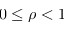
0 \leq \rho < 1